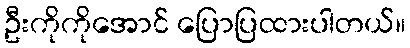
ဦးကိုကိုအောင် ပြောပြထားပါတယ်။